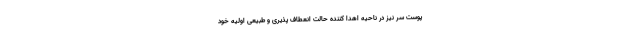
پوست سر نیز در ناحیه اهدا کننده حالت انعطاف پذیری و طبیعی اولیه خود